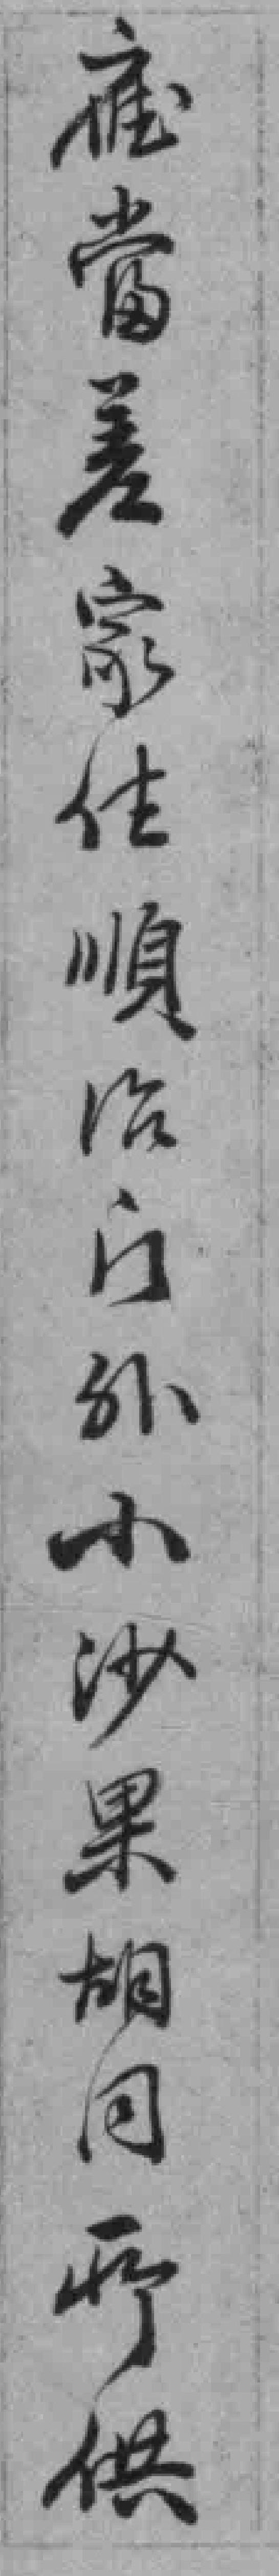
雇當差家住順治门外小沙果胡同所供